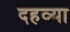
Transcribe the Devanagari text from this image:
दहव्या